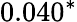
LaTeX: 0.040^{*}